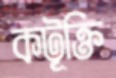
কটূক্তি